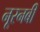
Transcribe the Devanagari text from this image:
नूरनबी